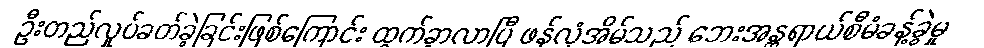
ဦးတည်လှုပ်ခတ်ခဲ့ခြင်းဖြစ်ကြောင်း ထွက်ခွာလာပြီ ဖန်လုံအိမ်သည် ဘေးအန္တရာယ်စီမံခန့်ခွဲမှု